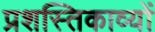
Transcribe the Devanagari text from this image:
प्रशस्तिकाव्यों